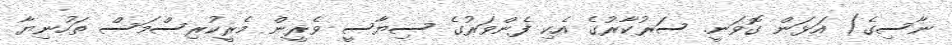
ނާސިގެ) އަޅަން ގޮވަނީ. ސަރުކާރުގެ އެކި ފެންވަރުގެ ސިޔާސީ ވެރީން މެެރީކުރިސްމަސް ތަހުނިޔާ